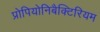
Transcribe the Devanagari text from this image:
प्रोपियोनिबैक्टिरियम